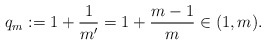
\begin{align*}q_m:=1+\frac{1}{m'}=1+\frac{m-1}{m}\in (1,m). \end{align*}